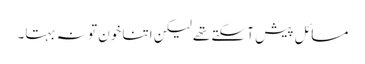
مسائل پیش آ سکتے تھے لیکن اتنا خون تو نہ بہتا۔